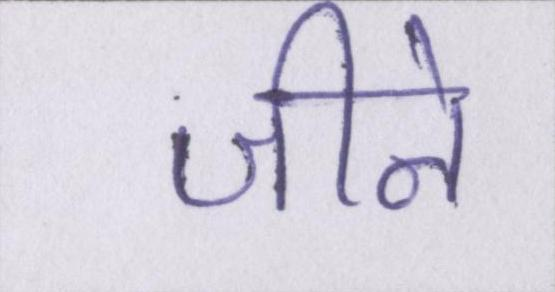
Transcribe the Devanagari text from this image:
जीने